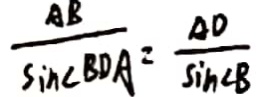
\frac { A B } { \sin \angle B D A } = \frac { A D } { \sin \angle B }